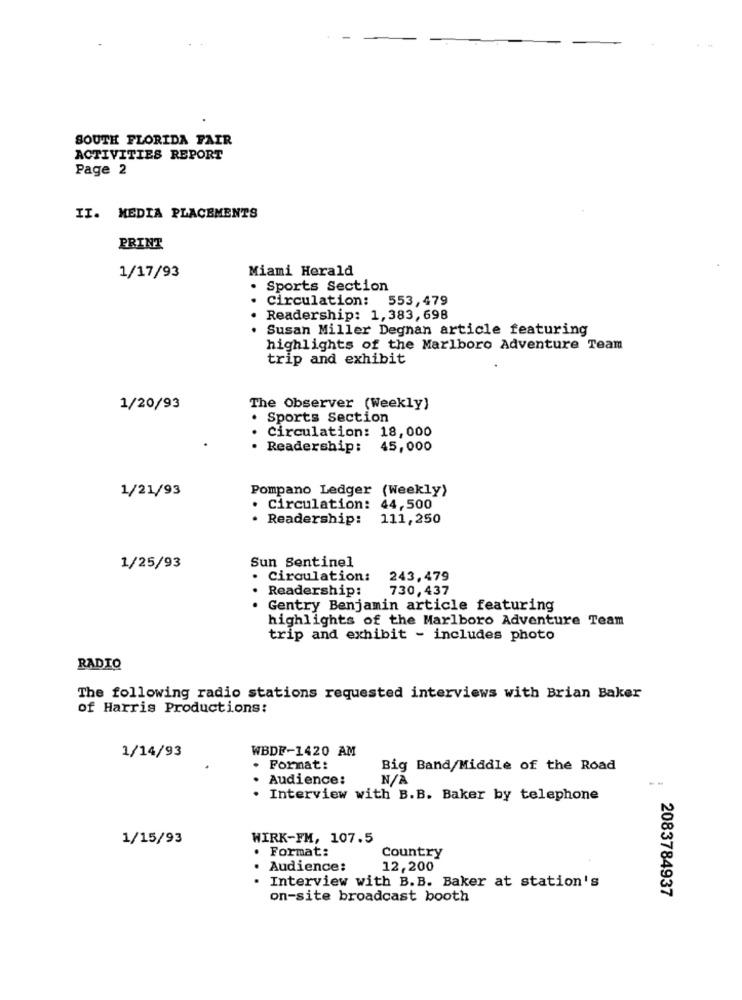
SOUTH FLORIDA FAIR
ACTIVITIES REPORT
Page 2
II. MEDIA PLACEMENTS
PRINT
Miami Herald
1/17/93
. Sports Section
Circulation: 553,479
· Readership: 1,383,698
. Susan Miller Degnan article featuring
highlights of the Marlboro Adventure Team
trip and exhibit
1/20/93
The Observer (Weekly)
Sports Section
Circulation: 18,000
· Readership: 45,000
1/21/93
Pompano Ledger (Weekly)
Circulation: 44,500
Readership:
111,250
Sun Sentinel
1/25/93
· Circulation:
243,479
Readership:
730,437
Gentry Benjamin article featuring
highlights of the Marlboro Adventure Team
trip and exhibit - includes photo
RADIO
The following radio stations requested interviews with Brian Baker
of Harris Productions:
1/14/93
WBDF-1420 AM
Format:
Big Band/Middle of the Road
..
Audience:
--
. Interview with B.B. Baker by telephone
1/15/93
WIRK-FM, 107.5
. Format:
Country
.
Audience:
12,200
. Interview with B.B. Baker at station's
2083784937
on-site broadcast booth